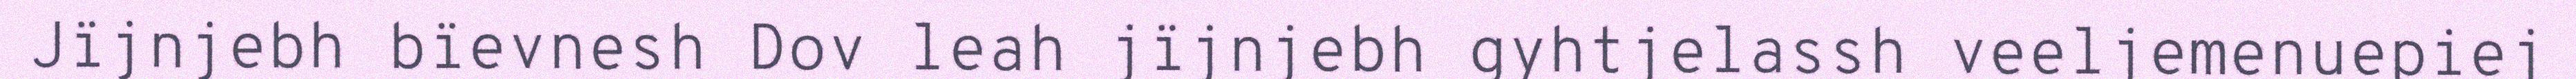
Jïjnjebh bïevnesh Dov leah jïjnjebh gyhtjelassh veeljemenuepiej